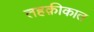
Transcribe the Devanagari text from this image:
तहक़ीकात